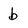
Character: b